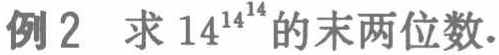
例2 求 \(14^{14^{14}}\) 的末两位数.